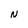
Character: N